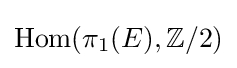
{\text{Hom}}(\pi _{1}(E),\mathbb {Z} /2)